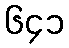
၆၄၁